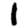
Digit: 1